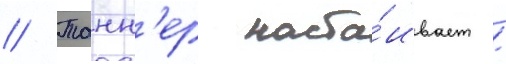
// Танн'ер наста́ивает /